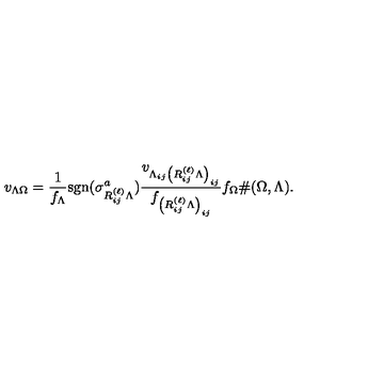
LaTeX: v _ { \Lambda \Omega } = \frac { 1 } { f _ { \Lambda } } \mathrm { { s g n } } ( \sigma _ { R _ { i j } ^ { ( \ell ) } \Lambda } ^ { a } ) \frac { v _ { \Lambda _ { i j } \left( R _ { i j } ^ { ( \ell ) } \Lambda \right) _ { i j } } } { f _ { \left( R _ { i j } ^ { ( \ell ) } \Lambda \right) _ { i j } } } f _ { \Omega } \# ( \Omega , \Lambda ) .